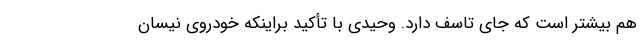
هم بیشتر است که جای تاسف دارد. وحیدی با تأکید براینکه خودروی نیسان